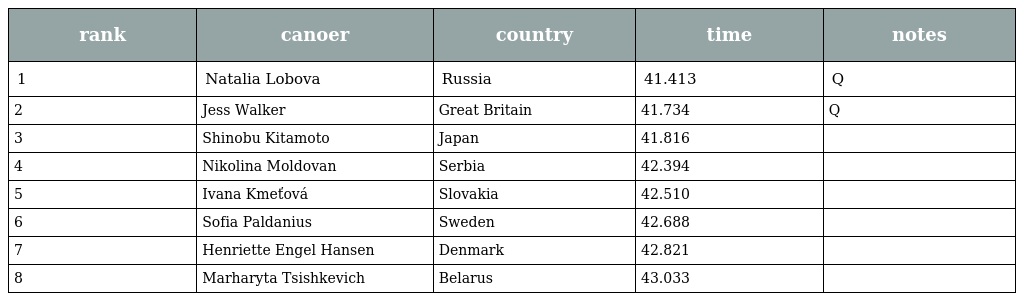
| rank | canoer | country | time | notes |
 | --- | --- | --- | --- | --- |
 | 1 | Natalia Lobova | Russia | 41.413 | Q |
 | 2 | Jess Walker | Great Britain | 41.734 | Q |
 | 3 | Shinobu Kitamoto | Japan | 41.816 |  |
 | 4 | Nikolina Moldovan | Serbia | 42.394 |  |
 | 5 | Ivana Kmeťová | Slovakia | 42.510 |  |
 | 6 | Sofia Paldanius | Sweden | 42.688 |  |
 | 7 | Henriette Engel Hansen | Denmark | 42.821 |  |
 | 8 | Marharyta Tsishkevich | Belarus | 43.033 |  |